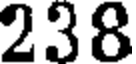
238